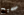
صحيح